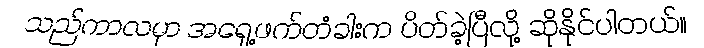
သည်ကာလမှာ အရှေ့ဖက်တံခါးက ပိတ်ခဲ့ပြီလို့ ဆိုနိုင်ပါတယ်။